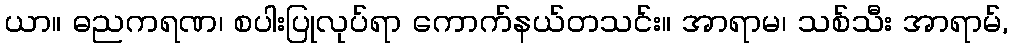
ယာ။ ဓညကရဏ၊ စပါးပြုလုပ်ရာ ကောက်နယ်တသင်း။ အာရာမ၊ သစ်သီး အာရာမ်,